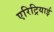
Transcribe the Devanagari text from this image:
एरिट्रियाई